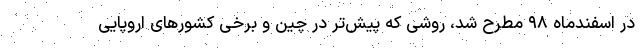
در اسفندماه ۹۸ مطرح شد، روشی که پیش‌تر در چین و برخی کشورهای اروپایی